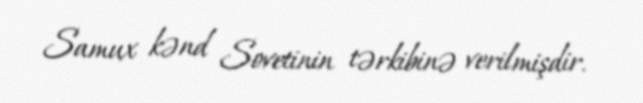
Samux kənd Sovetinin tərkibinə verilmişdir.